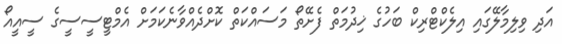
އަދި ވިލިމާލޭގައި އިލެކްޓްރިކް ބަހުގެ ޚިދުމަތް ފެށޭތޯ މަސައްކަތް ކޮށްދެއްވާނެކަމަށް އެމްޓީސީސީގެ ސީއީއޯ